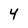
Character: 4